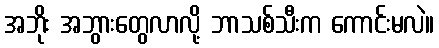
အဘိုး အဘွားတွေလာလို့ ဘာသစ်သီးက ကောင်းမလဲ။